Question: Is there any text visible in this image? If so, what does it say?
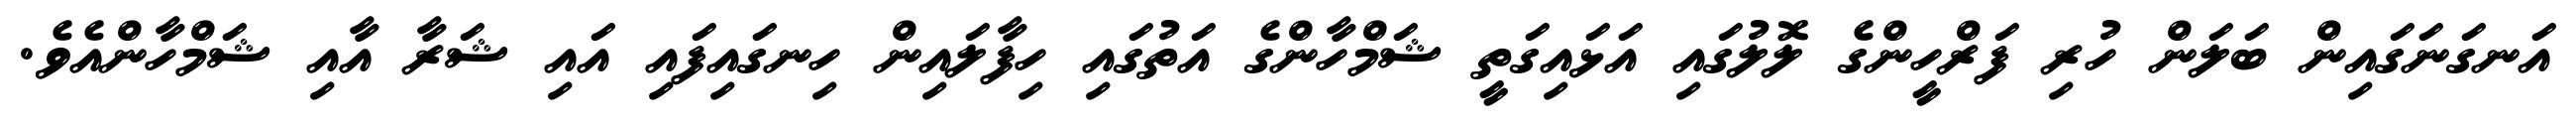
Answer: އަނގަނަގައިން ބަލަން ހުރި ފަރްހީންގެ ލޮލުގައި އަޅައިގަތީ ޝަމްހާންގެ އަތުގައި ހިފާލައިން ހިނގައިފައި އައި ޝަރާ އާއި ޝަމްހާންއެވެ.